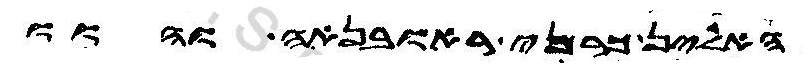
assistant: האלין כרני ראובנאה והוו